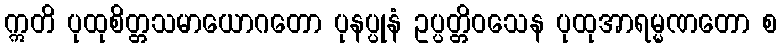
ဣတိ ပုထုစိတ္တသမာယောဂတော ပုနပ္ပုနံ ဥပ္ပတ္တိဝသေန ပုထုအာရမ္မဏတော စ